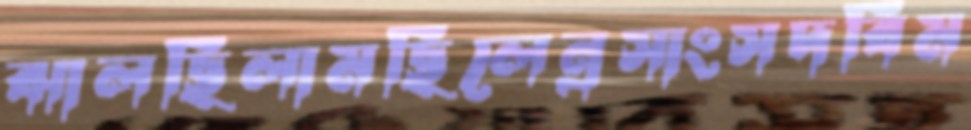
ঝালছিলামছিলেন্রসাংসদবিম